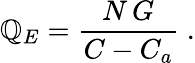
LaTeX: \mathbb{Q}_{E}=\frac{{N\, G}}{{C-C_{a}}}\; .